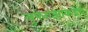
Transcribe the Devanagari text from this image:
लुफ्तांझाकडेच